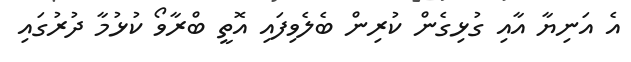
އެ އަނިޔާ އާއި ގުޅިގެން ކުރިން ބެލެވިފައި އޮތީ ބްރާވޯ ކުޅުމާ ދުރުގައި